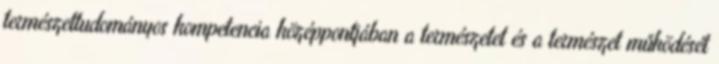
természettudományos kompetencia középpontjában a természetet és a természet működését